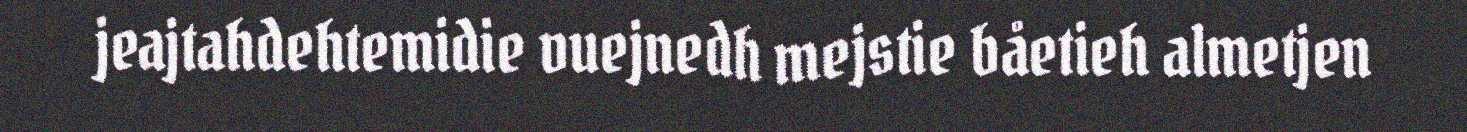
jeajtahdehtemidie vuejnedh mejstie båetieh almetjen